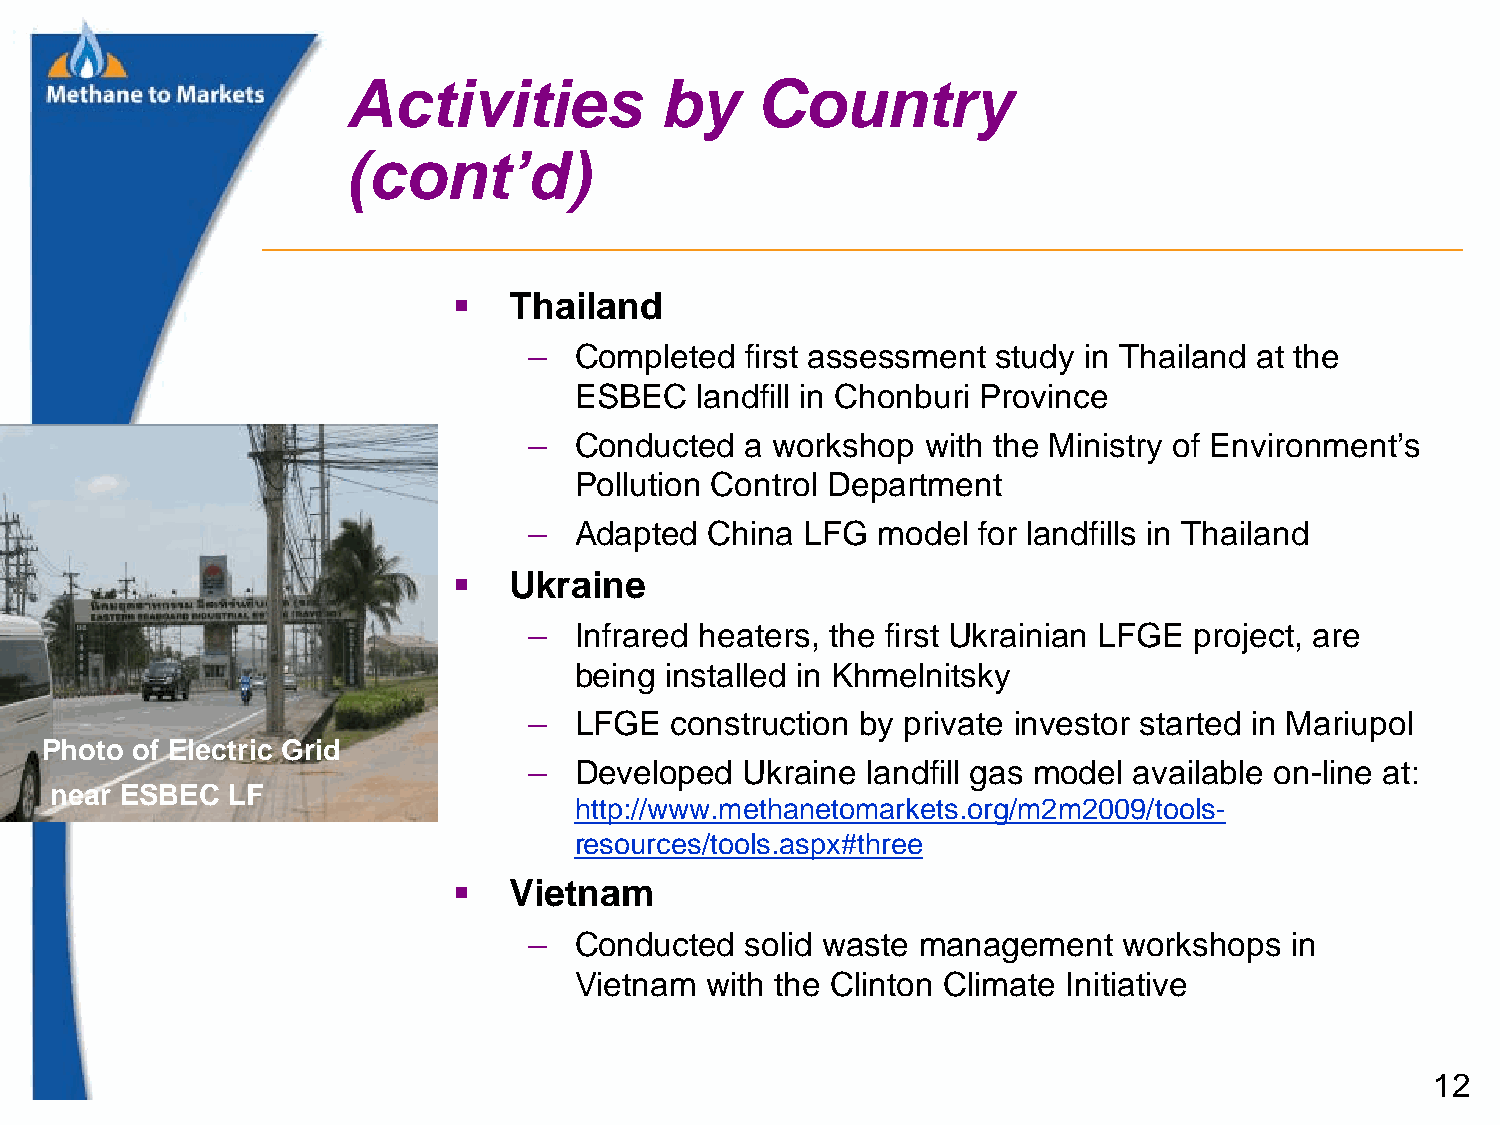
Activities           by    Country
 (cont’d)
    Thailand
 –  Completed  first assessment study in Thailand at the
 ESBEC   landfill in Chonburi Province
 –  Conducted  a workshop  with the Ministry of Environment’s
 Pollution Control Department
 –  Adapted  China LFG  model  for landfills in Thailand
    Ukraine
 –  Infrared heaters, the first Ukrainian LFGE project, are
 being installed in Khmelnitsky
 –  LFGE  construction by private investor started in Mariupol
 Photo of Electric Grid
 –  Developed  Ukraine landfill gas model available on-line at:
 near ESBEC  LF
 http://www.methanetomarkets.org/m2m2009/tools-
 resources/tools.aspx#three
    Vietnam
 –  Conducted  solid waste management   workshops  in
 Vietnam  with the Clinton Climate Initiative
 12